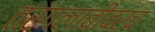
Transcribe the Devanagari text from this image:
तरंगलांबीवरच